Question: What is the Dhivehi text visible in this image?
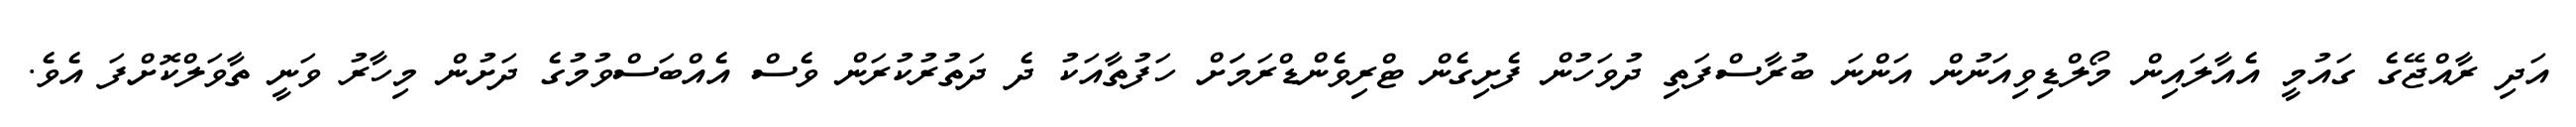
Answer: އަދި ރާއްޖޭގެ ގައުމީ އެއާލައިން މޯލްޑިވިއަނުން އަންނަ ބުރާސްފަތި ދުވަހުން ފެށިގެން ޓްރިވެންޑްރަމަަށް ހަފުތާއަކު ދެ ދަތުރުކުރަން ވެސް އެއްބަސްވުމުގެ ދަށުން މިހާރު ވަނީ ތާވަލްކޮށްފަ އެވެ.